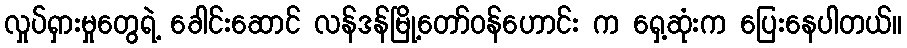
လှုပ်ရှားမှုတွေရဲ့ ခေါင်းဆောင် လန်ဒန်မြို့တော်ဝန်ဟောင်း က ရှေ့ဆုံးက ပြေးနေပါတယ်။